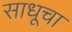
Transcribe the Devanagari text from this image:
साधूचा